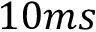
1 0 m s